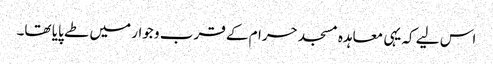
اس لیے کہ یہی معاہدہ مسجد حرام کے قرب و جوار میں طے پایا تھا۔